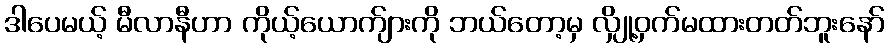
ဒါပေမယ့် မီလာနီဟာ ကိုယ့်ယောက်ျားကို ဘယ်တော့မှ လျှို့ဝှက်မထားတတ်ဘူးနော်